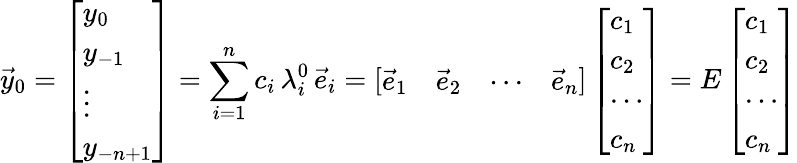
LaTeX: {\vec{y}}_{0}={\left[\begin{array}{l}{y_{0}}\\ {y_{-1}}\\ {\vdots}\\ {y_{-n+1}}\end{array}\right]}=\sum_{i=1}^{n}{c_{i}\, \lambda_{i}^{0}\, {\vec{e}}_{i}}={\left[\begin{array}{llll}{{\vec{e}}_{1}}&{{\vec{e}}_{2}}&{\cdots}&{{\vec{e}}_{n}}\end{array}\right]}\, {\left[\begin{array}{l}{c_{1}}\\ {c_{2}}\\ {\cdots}\\ {c_{n}}\end{array}\right]}=E\, {\left[\begin{array}{l}{c_{1}}\\ {c_{2}}\\ {\cdots}\\ {c_{n}}\end{array}\right]}